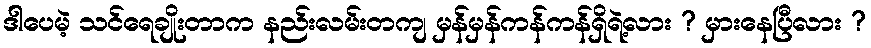
ဒါပေမဲ့ သင်ရေချိုးတာက နည်းလမ်းတကျ မှန်မှန်ကန်ကန်ရှိရဲ့လား ? မှားနေပြီလား ?